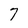
Character: 7